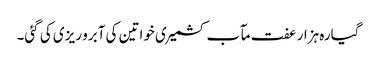
گیارہ ہزار عفت مآب کشمیری خواتین کی آبرو ریزی کی گئی۔